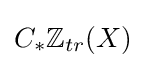
C_{*}\mathbb {Z} _{tr}(X)